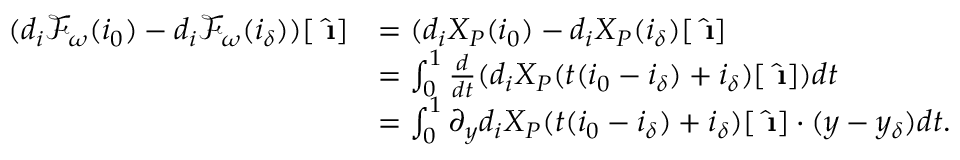
\begin{array} { r l } { ( d _ { i } \mathcal { F } _ { \omega } ( i _ { 0 } ) - d _ { i } \mathcal { F } _ { \omega } ( i _ { \delta } ) ) [ \hat { \textbf { \i } } ] } & { = ( d _ { i } X _ { P } ( i _ { 0 } ) - d _ { i } X _ { P } ( i _ { \delta } ) [ \hat { \textbf { \i } } ] } \\ & { = \int _ { 0 } ^ { 1 } \frac { d } { d t } ( d _ { i } X _ { P } ( t ( i _ { 0 } - i _ { \delta } ) + i _ { \delta } ) [ \hat { \textbf { \i } } ] ) d t } \\ & { = \int _ { 0 } ^ { 1 } \partial _ { y } d _ { i } X _ { P } ( t ( i _ { 0 } - i _ { \delta } ) + i _ { \delta } ) [ \hat { \textbf { \i } } ] \cdot ( y - y _ { \delta } ) d t . } \end{array}